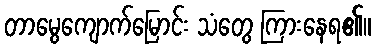
တာမွေကျောက်မြောင်း သံတွေ ကြားနေရ၏။